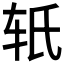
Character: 𬨂